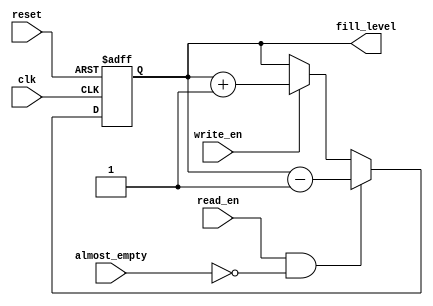
module fifo_control(
    input wire clk,
    input wire reset,
    input wire read_en,
    input wire write_en,
    input wire almost_empty,
    output reg fill_level
);

reg [7:0] fifo_buffer; // Assume 8-bit buffer for example

always @(posedge clk or posedge reset) begin
    if (reset) begin
        fill_level <= 0;
    end else if (read_en && ~almost_empty) begin
        fill_level <= fill_level - 1;
    end else if (write_en) begin
        fill_level <= fill_level + 1;
    end
end

endmodule